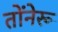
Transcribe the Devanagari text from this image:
तोंनेरू